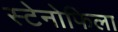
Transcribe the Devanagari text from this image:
स्टेनोफिला